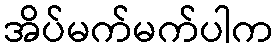
အိပ်မက်မက်ပါက